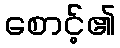
စောင့်၏